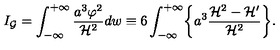
I _ { \cal G } = \int _ { - \infty } ^ { + \infty } \frac { a ^ { 3 } \varphi ^ { 2 } } { { \cal H } ^ { 2 } } d w \equiv 6 \int _ { - \infty } ^ { + \infty } \biggl \{ a ^ { 3 } \frac { { \cal H } ^ { 2 } - { \cal H } ^ { \prime } } { { \cal H } ^ { 2 } } \biggr \} .